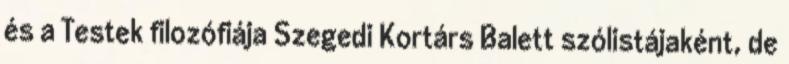
és a Testek filozófiája Szegedi Kortárs Balett szólistájaként, de